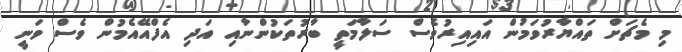
މި މެޗަށް ތައްޔާރުވަމުން އައިއިރުވެސް ސަލާމަތީ ބާރުތަކުންނާއި އަދި އެފްއޭއެމުން ވެސް ވަނީ